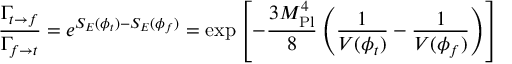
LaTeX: { \frac { \Gamma _ { t \rightarrow f } } { \Gamma _ { f \rightarrow t } } } = e ^ { S _ { E } ( \phi _ { t } ) - S _ { E } ( \phi _ { f } ) } = \exp \left[ - { \frac { 3 M _ { \mathrm { P l } } ^ { 4 } } { 8 } } \left( { \frac { 1 } { V ( \phi _ { t } ) } } - { \frac { 1 } { V ( \phi _ { f } ) } } \right) \right]